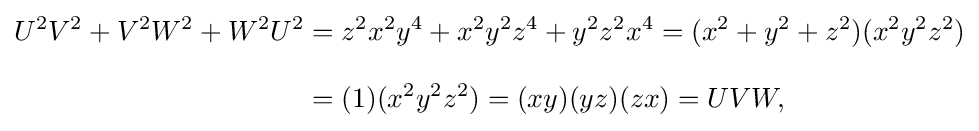
{\begin{aligned}U^{2}V^{2}+V^{2}W^{2}+W^{2}U^{2}&=z^{2}x^{2}y^{4}+x^{2}y^{2}z^{4}+y^{2}z^{2}x^{4}=(x^{2}+y^{2}+z^{2})(x^{2}y^{2}z^{2})\\[8pt]&=(1)(x^{2}y^{2}z^{2})=(xy)(yz)(zx)=UVW,\end{aligned}}